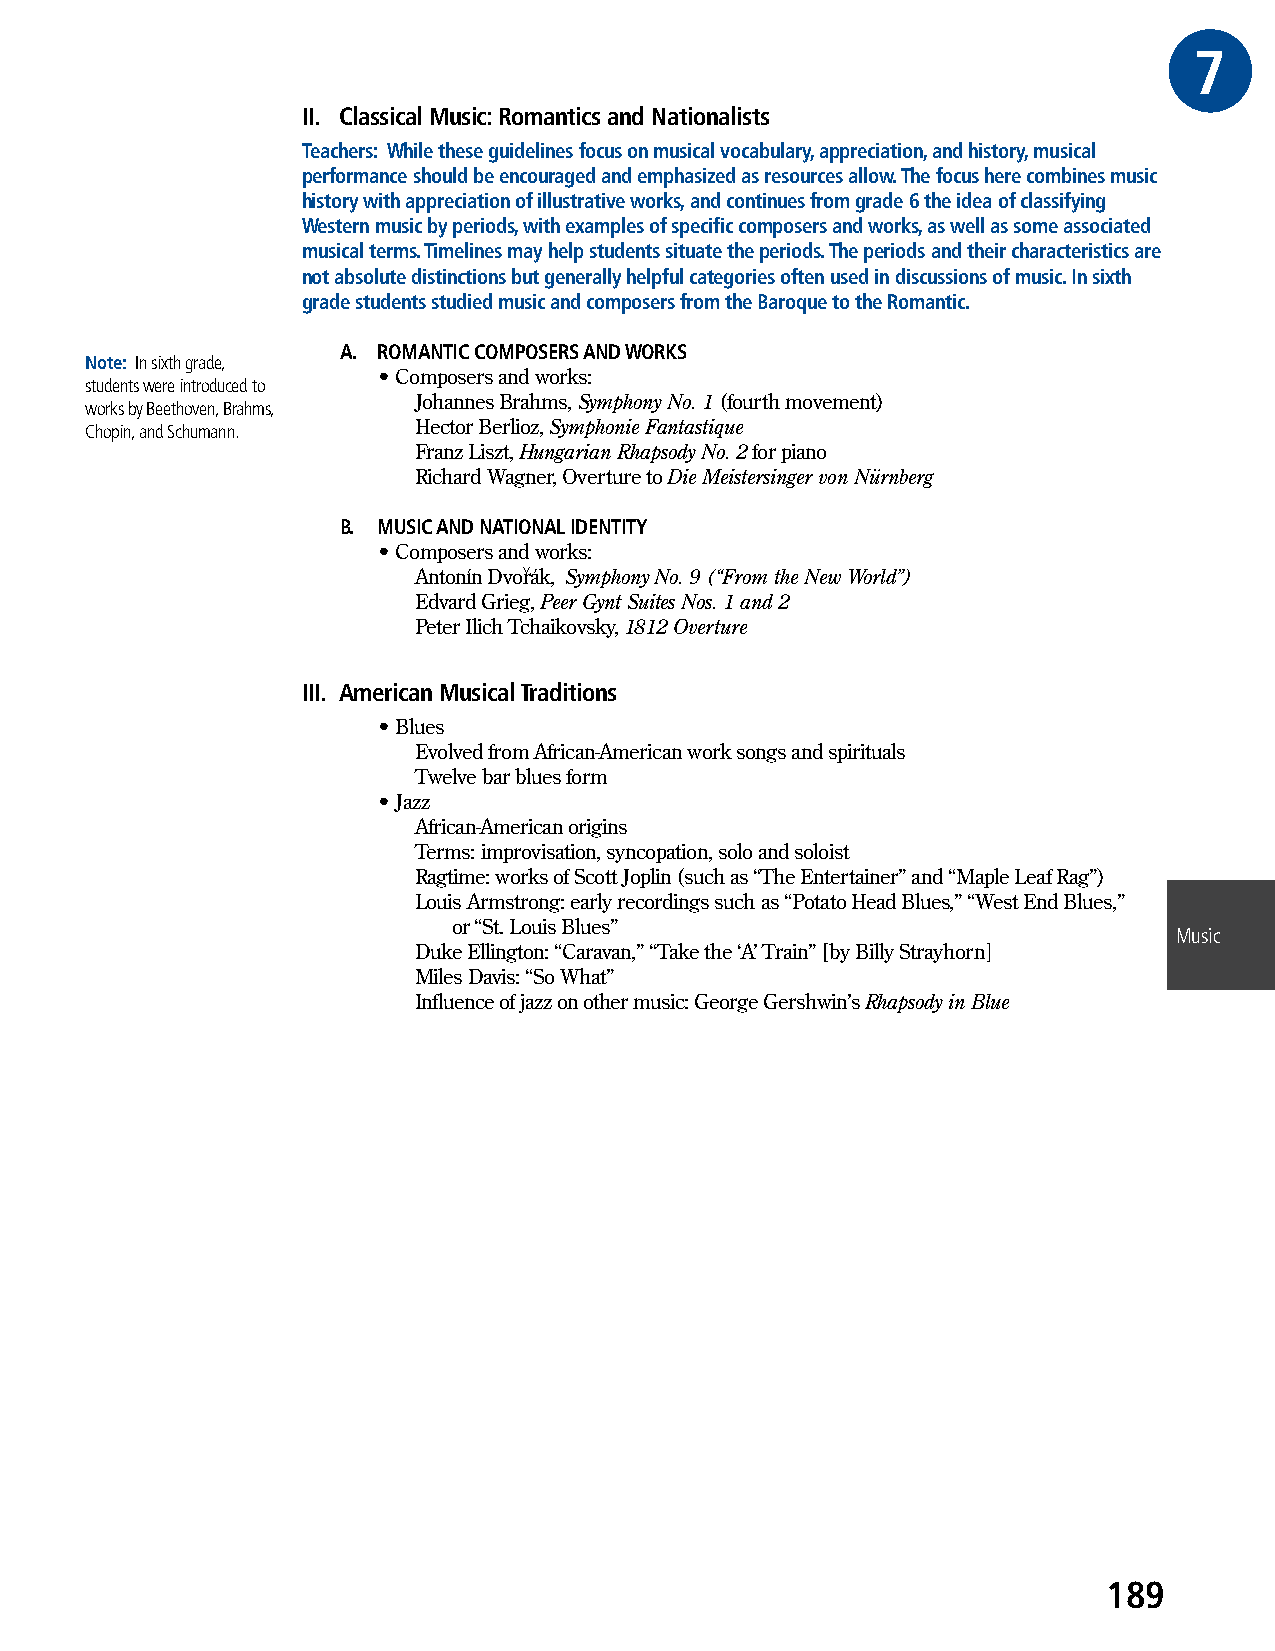
7GRE
 II. Classical Music: Romantics and Nationalists
 Teachers: While these guidelines focus on musical vocabulary, appreciation, and history, musical
 performance should be encouraged and emphasized as resources allow. The focus here combines music
 history with appreciation of illustrative works, and continues from grade 6 the idea of classifying
 Western music by periods, with examples of specific composers and works, as well as some associated
 musical terms. Timelines may help students situate the periods. The periods and their characteristics are
 not absolute distinctions but generally helpful categories often used in discussions of music. In sixth
 grade students studied music and composers from the Baroque to the Romantic.
 A. ROMANTIC COMPOSERS AND WORKS
 Note: In sixth grade,
 • Composers and works:
 students were introduced to
 Johannes Brahms, Symphony No. 1 (fourth movement)
 works by Beethoven, Brahms,
 Chopin, and Schumann. Hector Berlioz, Symphonie Fantastique
 Franz Liszt, Hungarian Rhapsody No. 2 for piano
 Richard Wagner, Overture to Die Meistersinger von Nürnberg
 B. MUSIC AND NATIONAL IDENTITY
 • Composers and works:
 Antonín Dvor^ ák, Symphony No. 9 (“From the New World”)
 Edvard Grieg, Peer Gynt Suites Nos. 1 and 2
 Peter Ilich Tchaikovsky, 1812 Overture
 III. American Musical Traditions
 • Blues
 Evolved from African-American work songs and spirituals
 Twelve bar blues form
 • Jazz
 African-American origins
 Terms: improvisation, syncopation, solo and soloist
 Ragtime: works of Scott Joplin (such as “The Entertainer” and “Maple Leaf Rag”)
 Louis Armstrong: early recordings such as “Potato Head Blues,” “West End Blues,”
 or “St. Louis Blues”
 Music
 Duke Ellington: “Caravan,” “Take the ‘A’ Train” [by Billy Strayhorn]
 Miles Davis: “So What”
 Influence of jazz on other music: George Gershwin’s Rhapsody in Blue
 189